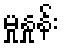
မှုနှုန်း